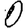
Digit: 0